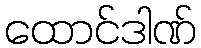
ထောင်ဒါဏ်